Civil Veterinary Department Bengal reports 1933-51 - 1933-1951
Year: 1933
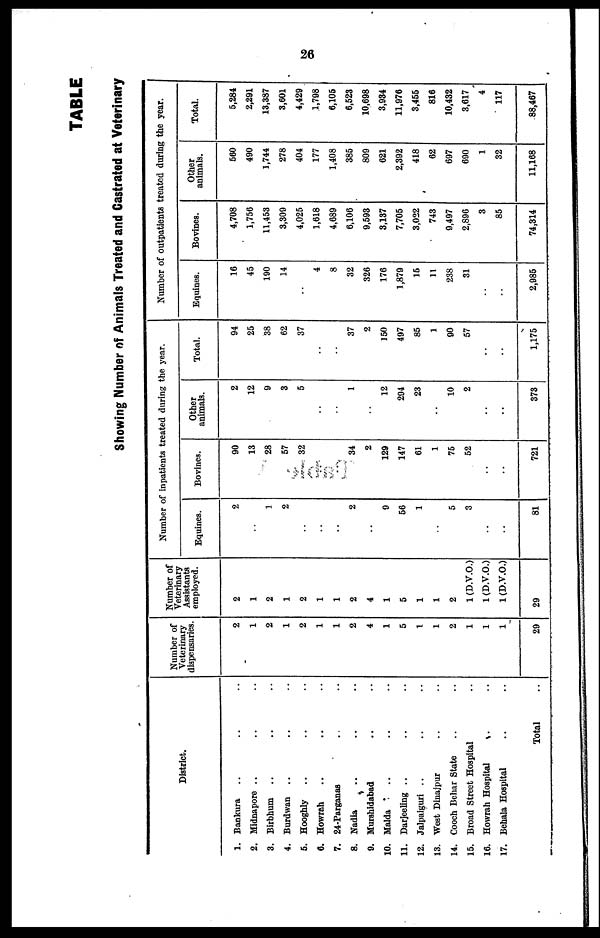
26
TABLE
Showing Number of Animals Treated and Castrated at Veterinary
District.
1. Bankura .. .. ..
2. Midnapore .. .. ..
3. Birbhum .. .. ..
4. Burdwan .. .. ..
5. Hooghly .. .. ..
6. Howrah .. .. ..
7. 24-Parganas .. ..
8. Nadia .. .. ..
9. Murshidabad .. ..
10. Malda .. .. ..
11. Darjeeling .. .. ..
12. Jalpaiguri .. .. ..
13. West Dinajpur .. ..
14. Cooch Behar State .. ..
15. Broad Street Hospital ..
16. Howrah Hospital .. ..
17. Behala Hospital .. ..
Total ..
Number of
Veterinary
dispensaries.
2
1
2
1
2
1
1
2
4
1
5
1
1
2
1
1
1
29
Number of
Veterinary
Assistants
employed.
2
1
2
1
2
1
1
2
4
1
5
1
1
2
1 (D.V.O.)
1 (D.V.O.)
1 (D.V.O.)
29
Number of inpatients treated during the year.
Equines.
2
..
1
2
..
..
..
2
..
9
56
1
..
5
3
..
..
81
Bovines.
90
13
28
57
32
..
..
34
2
129
147
61
1
75
52
..
..
721
Other
animals.
2
12
9
3
5
..
..
1
..
12
294
23
..
10
2
..
..
373
Total.
94
25
38
62
37
..
..
37
2
150
497
85
1
90
57
..
..
1,175
Number of outpatients treated during the year.
Equines.
16
45
190
14
..
4
8
32
326
176
1,879
15
11
238
31
..
..
2,985
Bovines.
4,708
1,756
11,453
3,309
4,025
1,618
4,689
6,106
9,593
3,137
7,705
3,022
743
9,497
2,896
3
85
74,314
Other
animals.
560
490
1,744
278
404
177
1,408
385
809
621
2,392
418
62
697
690
1
32
11,168
Total.
5,284
2,291
13,387
3,601
4,429
1,798
6,105
6,523
10,698
3,934
11,976
3,455
816
10,432
3,617
4
117
88,467